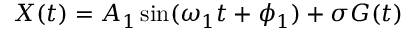
X ( t ) = A _ { 1 } \sin ( \omega _ { 1 } t + \phi _ { 1 } ) + \sigma G ( t )